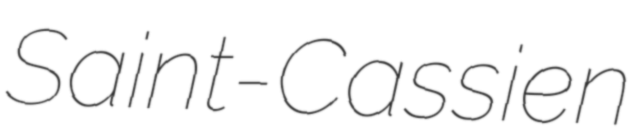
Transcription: Saint-Cassien